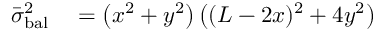
\begin{array} { r l } { \bar { \sigma } _ { \mathrm { b a l } } ^ { 2 } } & { { } = \left( x ^ { 2 } + y ^ { 2 } \right) \left( ( L - 2 x ) ^ { 2 } + 4 y ^ { 2 } \right) } \end{array}